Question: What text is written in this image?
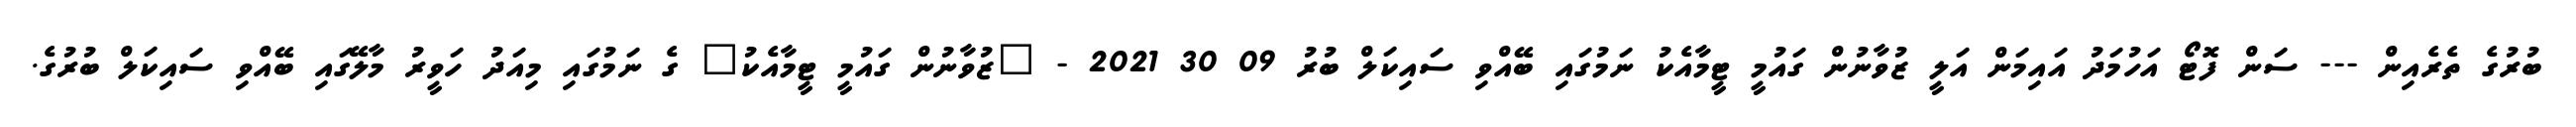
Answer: ބުރުގެ ތެރެއިން --- ސަން ފޮޓޯ އަހުމަދު އައިމަން އަލީ ޒުވާނުން ގައުމީ ޓީމާއެކު ނަމުގައި ބޭއްވި ސައިކަލް ބުރު 09 30 2021 - "ޒުވާނުން ގައުމީ ޓީމާއެކު" ގެ ނަމުގައި މިއަދު ހަވީރު މާލޭގައި ބޭއްވި ސައިކަލް ބުރުގެ.